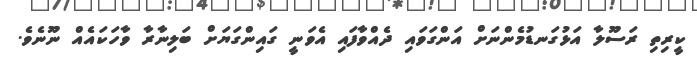
ކީރިތި ރަސޫލާ އަޅުގަނޑުމެންނަށް އަންގަވައި ދެއްވާފައި އެވަނީ ގައިންގަޔަށް ބަލިނާރާ ވާހަކައެއް ނޫނެވެ.